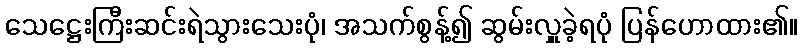
သေဋ္ဌေးကြီးဆင်းရဲသွားသေးပုံ၊ အသက်စွန့်၍ ဆွမ်းလှူခဲ့ရပုံ ပြန်ဟောထား၏။